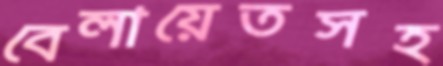
বেলায়েতসহ